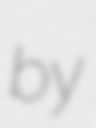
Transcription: by